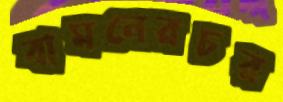
বামনেরচর